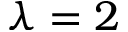
\lambda = 2